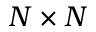
N \times N